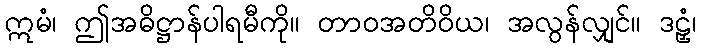
ဣမံ၊ ဤအဓိဋ္ဌာန်ပါရမီကို။ တာဝအတိဝိယ၊ အလွန်လျှင်။ ဒဠှံ၊